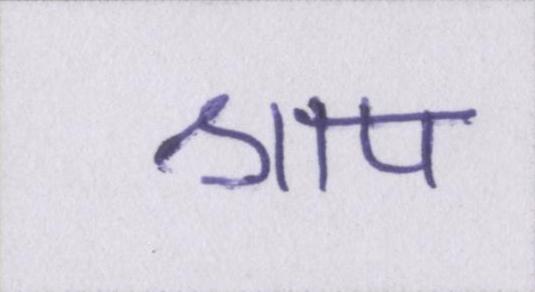
श्राप